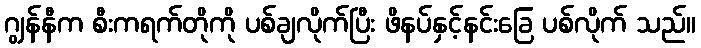
ဂျွန်နီက စီးကရက်တိုကို ပစ်ချလိုက်ပြီး ဖိနပ်နှင့်နင်းခြေ ပစ်လိုက် သည်။